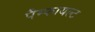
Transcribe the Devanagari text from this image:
पैम्फायल्ट